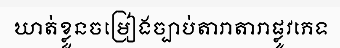
ឃាត់ខ្លួនចម្រៀងច្បាប់តារាតារាផ្លូវភេទ